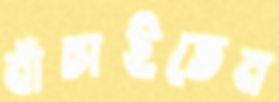
বাঁচাইতেন